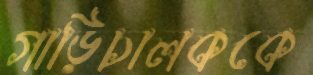
গাড়িচালককে